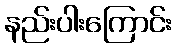
နည်းပါးကြောင်း